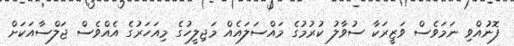
ފޮނުއްވި ނަމަވެސް ވަޒީރަކާ ސުވާލު ކުރުމުގެ މައްސަލައެއް މަޖިލީހުގެ މިއަހަރުގެ އެއްވެސް ޖަލްސާއަކަށް